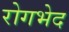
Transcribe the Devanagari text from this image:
रोगभेद